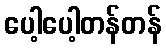
ပေါ့ပေါ့တန်တန်